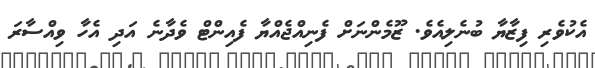
އެކުވެރި ފިޒާޔާ ބުނެލިއެވެ. ޒޫމެންނަށް ފެނިއްޖެއްޔާ ފެއިންޓް ވެދާނެ އަދި އެހާ ވިއްސާރަ